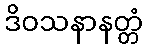
ဒိဝသနာနတ္တံ